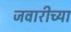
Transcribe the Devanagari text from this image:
जवारीच्या